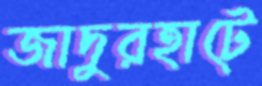
জাদুরহাটে